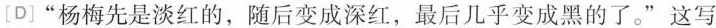
[D]”杨梅先是淡红的，随后变成深红，最后几乎变成黑的了。”这写